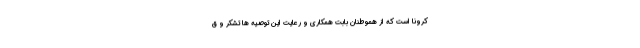
کرونا است که از هموطنان بابت همکاری و رعایت این توصیه ها تشکر و ق